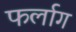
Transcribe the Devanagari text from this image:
फर्लाग